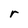
Character: r